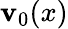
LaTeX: \mathbf{v}_{0}(x)